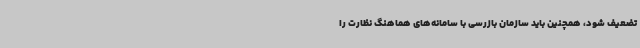
تضعیف شود، همچنین باید سازمان بازرسی با سامانه‌های هماهنگ نظارت را